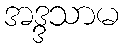
အဒ္ဒသာမ